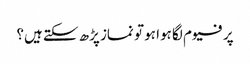
پرفیوم لگا ہوا ہو تو نماز پڑھ سکتے ہیں؟